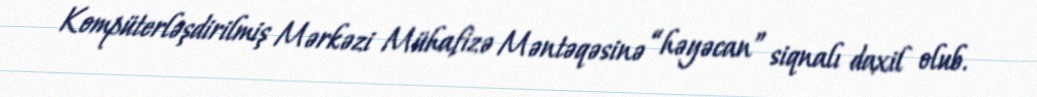
Kompüterləşdirilmiş Mərkəzi Mühafizə Məntəqəsinə “həyəcan” siqnalı daxil olub.